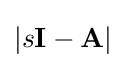
\left|s\mathbf {I} -\mathbf {A} \right|